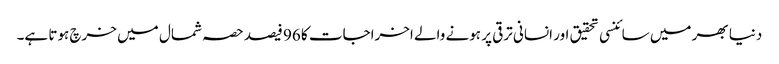
دنیا بھر میں سائنسی تحقیق اور انسانی ترقی پر ہونے والے اخراجات کا 96 فیصد حصہ شمال میں خرچ ہوتا ہے۔